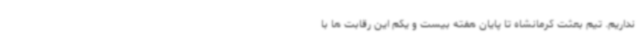
نداریم. تیم بعثت کرمانشاه تا پایان هفته بیست و یکم این رقابت ها با